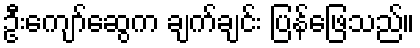
ဦးကျော်ဆွေက ချက်ချင်း ပြန်ဖြေသည်။